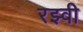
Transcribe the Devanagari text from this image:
रझ्वी